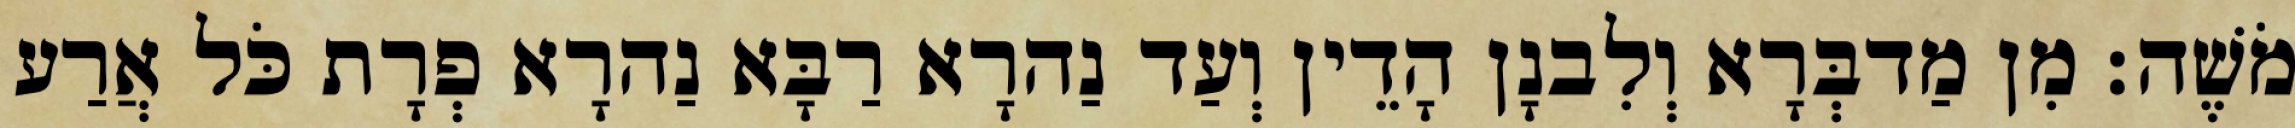
מֹשֶׁה׃ מִן מַדבְּרָא וְלִבנָן הָדֵין וְעַד נַהרָא רַבָּא נַהרָא פְרָת כֹּל אֲרַע